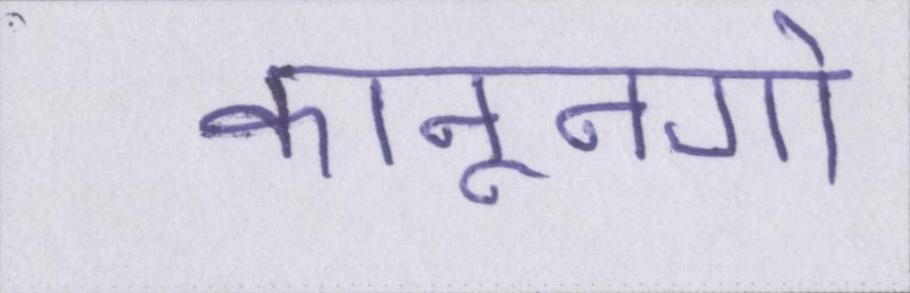
कानूनगो